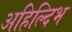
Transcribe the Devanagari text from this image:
अहिल्दिभ